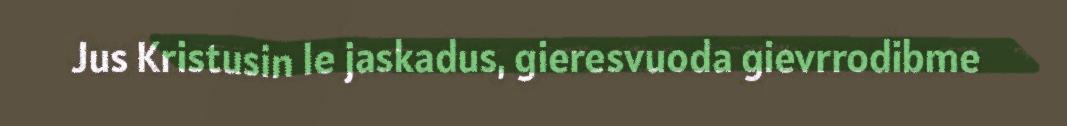
Jus Kristusin le jaskadus, gieresvuoda gievrrodibme